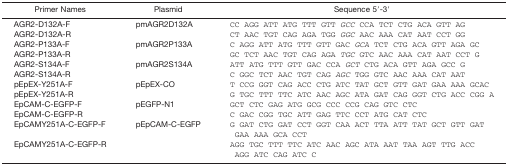
<table><thead><tr><td><b>Primer Names</b></td><td><b>Plasmid</b></td><td><b>Sequence 5′-3′</b></td></tr></thead><tbody><tr><td>AGR2-D132A-F</td><td>pmAGR2D132A</td><td>CC AGG ATT ATG TTT GTT <i>GCC</i> CCA TCT CTG ACA GTT AG</td></tr><tr><td>AGR2-D132A-R</td><td></td><td>CT AAC TGT CAG AGA TGG <i>GGC</i> AAC AAA CAT AAT CCT GG</td></tr><tr><td>AGR2-P133A-F</td><td>pmAGR2P133A</td><td>C AGG ATT ATG TTT GTT GAC <i>GCA</i> TCT CTG ACA GTT AGA GC</td></tr><tr><td>AGR2-P133A-R</td><td></td><td>GC TCT AAC TGT CAG AGA <i>TGC</i> GTC AAC AAA CAT AAT CCT G</td></tr><tr><td>AGR2-S134A-F</td><td>pmAGR2S134A</td><td>ATT ATG TTT GTT GAC CCA <i>GCT</i> CTG ACA GTT AGA GCC G</td></tr><tr><td>AGR2-S134A-R</td><td></td><td>C GGC TCT AAC TGT CAG <i>AGC</i> TGG GTC AAC AAA CAT AAT</td></tr><tr><td>pEpEX-Y251A-F</td><td>pEpEX-CO</td><td>T CCG GGT CAG ACC CTG ATC TAT GCT GTT GAT GAA AAA GCAC</td></tr><tr><td>pEpEX-Y251A-R</td><td></td><td>G TGC TTT TTC ATC AAC AGC ATA GAT CAG GGT CTG ACC CGG A</td></tr><tr><td>EpCAM-C-EGFP-F</td><td>pEGFP-N1</td><td>GCT CTC GAG ATG GCG CCC CCG CAG GTC CTC</td></tr><tr><td>EpCAM-C-EGFP-R</td><td></td><td>C GAC CGG TGC ATT GAG TTC CCT ATG CAT CTC</td></tr><tr><td>EpCAMY251A-C-EGFP-F</td><td>pEpCAM-C-EGFP</td><td>G GAT CTG GAT CCT GGT CAA ACT TTA ATT TAT GCT GTT GAT GAA AAA GCA CCT</td></tr><tr><td>EpCAMY251A-C-EGFP-R</td><td></td><td>AGG TGC TTT TTC ATC AAC AGC ATA AAT TAA AGT TTG ACC AGG ATC CAG ATC C</td></tr></tbody></table>